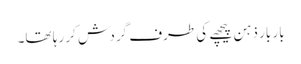
بار بار ذہن پیچھے کی طرف گردش کر رہا تھا۔